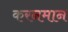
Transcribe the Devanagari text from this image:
करनमान